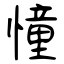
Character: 憧